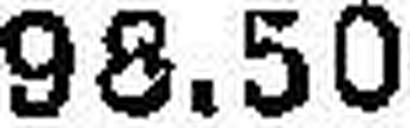
98.50